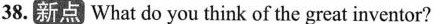
38.新点 What do you think of the great inventor?